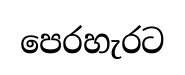
පෙරහැරට